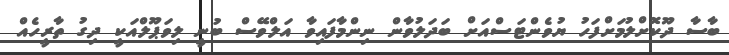
ބާސާ ދޫކޮށްލުމަށްފަހު ޔުވެންޓަސްއަށް ބަދަލުވާން ނިންމާފައިވާ އަލްވޭސް ބުނީ ލިވަޕޫލްއަކީ ދިގު ތާރީހެއް